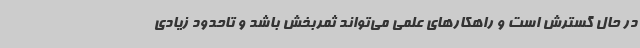
در حال گسترش است و راهکارهای علمی می‌تواند ثمربخش باشد و تاحدود زیادی